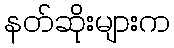
နတ်ဆိုးများက